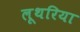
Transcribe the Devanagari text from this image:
लूथरिया